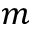
m